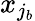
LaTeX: x_{j_{b}}